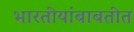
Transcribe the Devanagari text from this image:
भारतीयांबाबतीत